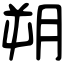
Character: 朔